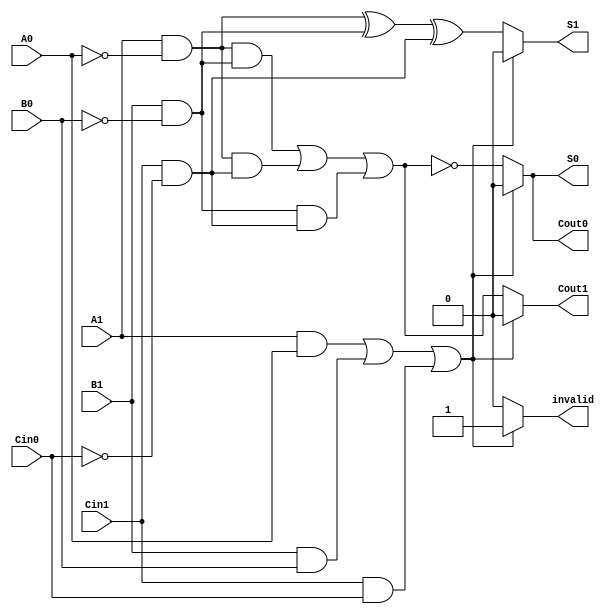
module dual_rail_full_adder (
    input wire A1, A0,  // Dual-rail representation of input A
    input wire B1, B0,  // Dual-rail representation of input B
    input wire Cin1, Cin0, // Dual-rail representation of carry-in
    output reg S1, S0,  // Dual-rail representation of sum output
    output reg Cout1, Cout0, // Dual-rail representation of carry-out output
    output reg invalid   // Invalid state indicator
);

// Internal signals for the binary values of A, B, and Cin
wire A, B, Cin;

// Decode dual-rail inputs to binary values
assign A = A1 & ~A0; // A = 1 if A1=1 and A0=0
assign B = B1 & ~B0; // B = 1 if B1=1 and B0=0
assign Cin = Cin1 & ~Cin0; // Cin = 1 if Cin1=1 and Cin0=0

// Check for invalid states
always @(*) begin
    // Check for invalid states
    if ((A1 & A0) || (B1 & B0) || (Cin1 & Cin0)) begin
        invalid = 1; // Set invalid flag
        S1 = 0; S0 = 0; // Set outputs to invalid
        Cout1 = 0; Cout0 = 0; // Set outputs to invalid
    end else begin
        invalid = 0; // Clear invalid flag

        // Sum Calculation
        S1 = (A ^ B) ^ Cin; // S1 = A XOR B XOR Cin
        S0 = ~((A & B) | (A & Cin) | (B & Cin)); // S0 = NOT(A AND B OR A AND Cin OR B AND Cin)

        // Carry Calculation
        Cout1 = (A & B) | (A & Cin) | (B & Cin); // Cout1 = Majority function
        Cout0 = ~((A & B) | (A & Cin) | (B & Cin)); // Cout0 = NOT(Cout1)
    end
end

endmodule